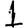
Digit: 1